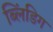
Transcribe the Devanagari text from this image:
ब्लिंडिग